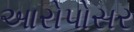
આરોપોસર